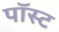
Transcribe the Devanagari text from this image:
पॉस्ट